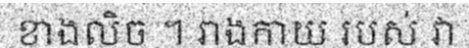
ខាងលិច ។ រាងកាយ របស់ វា